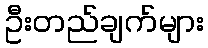
ဦးတည်ချက်များ